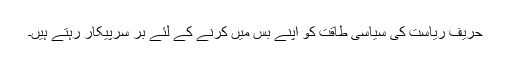
حریف ریاست کی سیاسی طاقت کو اپنے بس میں کرنے کے لئے بر سرپیکار رہتے ہیں۔